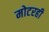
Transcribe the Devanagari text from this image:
मोटरही